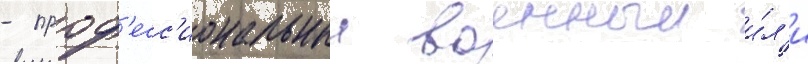
- проф'есс'иональныи военныи и́л'и